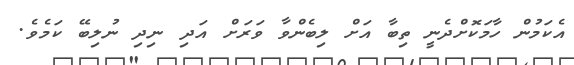
އެކަމުން ހާމަކޮށްދެނީ ތިބާ އަށް ލިބެންވާ ވަރަށް އަދި ނިދި ނުލިބޭ ކަމެވެ.